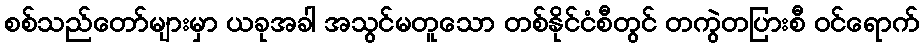
စစ်သည်တော်များမှာ ယခုအခါ အသွင်မတူသော တစ်နိုင်ငံစီတွင် တကွဲတပြားစီ ဝင်ရောက်